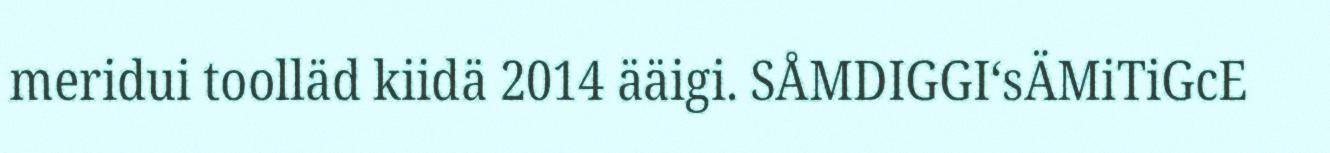
meridui toolläd kiidä 2014 ääigi. SÅMDIGGI‘sÄMiTiGcE